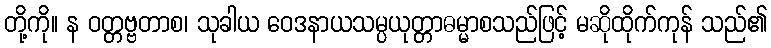
တို့ကို။ န ဝတ္တဗ္ဗတာစ၊ သုခါယ ဝေဒနာယသမ္ပယုတ္တာဓမ္မာစသည်ဖြင့် မဆိုထိုက်ကုန် သည်၏